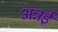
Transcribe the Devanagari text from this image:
अन्नई